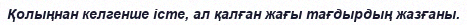
Қолыңнан келгенше істе, ал қалған жағы тағдырдың жазғаны.